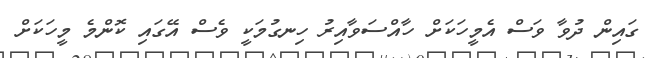
ގައިން ދުވާ ވަސް އެމީހަކަށް ހާއްސަވާއިރު ހިނގުމަކީ ވެސް އޭގައި ކޮންމެ މީހަކަށް